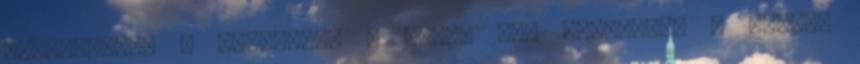
Virágoskert a tányérban 0 Nincs idő gólörömre – Bödőcs